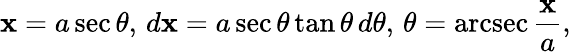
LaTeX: \mathbf{x}=a\sec\theta,\, d\mathbf{x}=a\sec\theta\tan\theta\, d\theta,\, \theta=\operatorname{arcsec}{\frac{{\mathbf{x}}}{{a}}},